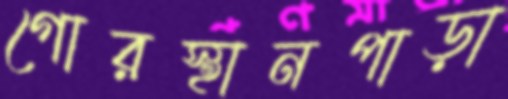
গোরস্থানপাড়া